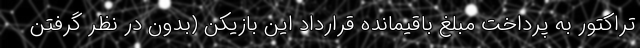
تراکتور به پرداخت مبلغ باقیمانده قرارداد این بازیکن (بدون در نظر گرفتن